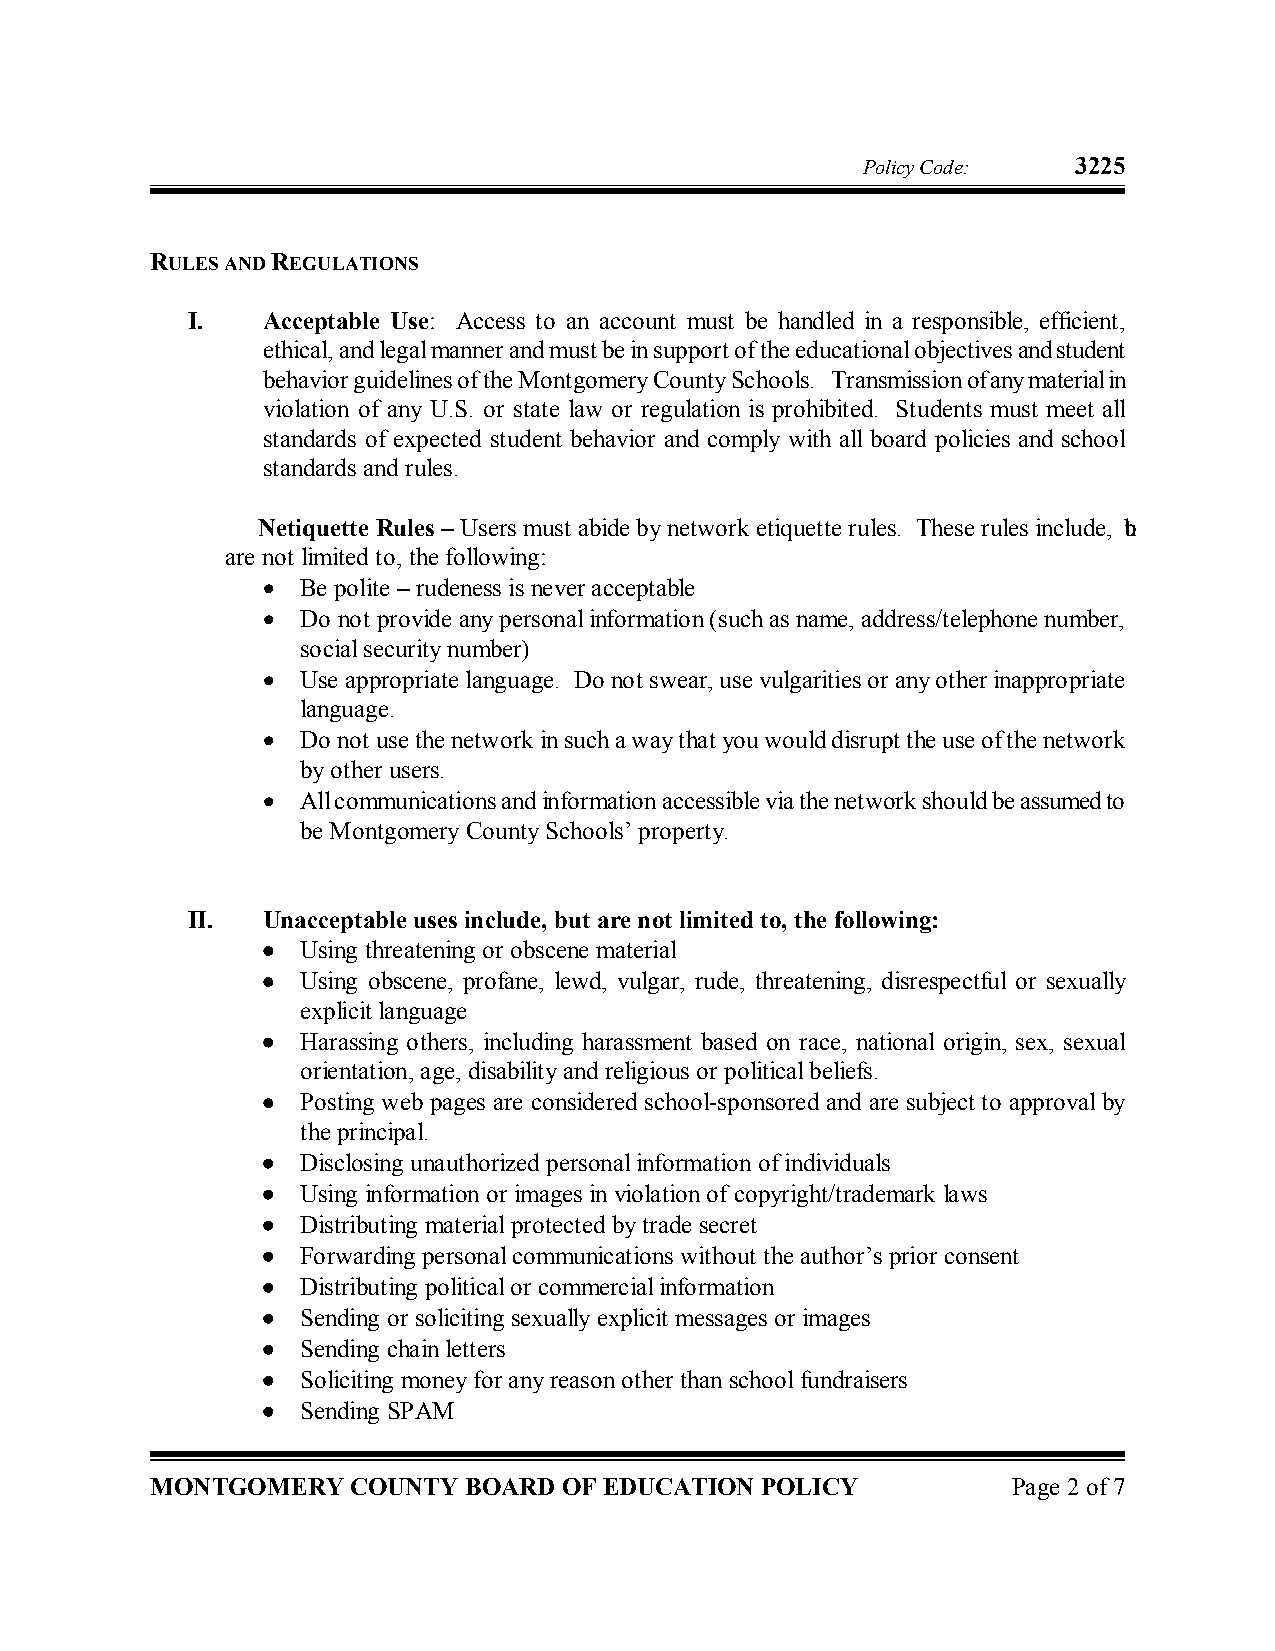
Policy Code:  3225
 RULES AND REGULATIONS
 I.   Acceptable Use: Access to an account must be handled in a responsible, efficient,
 ethical, and legal manner and must bein support of the educational objectives and student
 behavior guidelines of theMontgomery County Schools. Transmission of any material in
 violation of any U.S. or state law or regulation is prohibited. Students must meet all
 standards of expected student behavior and comply with all board policies and school
 standards and rules.
 Netiquette Rules – Users must abide by network etiquette rules. These rules include, but
 are not limited to, the following:
 •  Be polite – rudeness is never acceptable
 •  Do not provide any personal information (such as name, address/telephone number,
 social security number)
 •  Use appropriate language. Do not swear, use vulgarities or any other inappropriate
 language.
 •  Do not use the network in such a way that you would disruptthe use of the network
 by other users.
 •  All communications and information accessible via the networkshould be assumed to
 be Montgomery County Schools’property.
 II.  Unacceptable uses include, but are not limited to, the following:
 •  Using threatening or obscene material
 •  Using obscene, profane, lewd, vulgar, rude, threatening, disrespectful or sexually
 explicit language
 •  Harassing others, including harassment based on race, national origin, sex, sexual
 orientation, age, disability and religious or political beliefs.
 •  Posting web pages are considered school­sponsored and are subject to approval by
 the principal.
 •  Disclosing unauthorized personal information of individuals
 •  Using information or images in violation of copyright/trademark laws
 •  Distributing material protected by trade secret
 •  Forwarding personal communications without the author’s prior consent
 •  Distributing political or commercialinformation
 •  Sending or soliciting sexuallyexplicit messages or images
 •  Sending chain letters
 •  Soliciting money for any reason other than school fundraisers
 •  Sending SPAM
 MONTGOMERY   COUNTY  BOARD OF EDUCATION POLICY           Page 2 of7